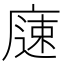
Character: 𱝇